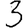
Digit: 3